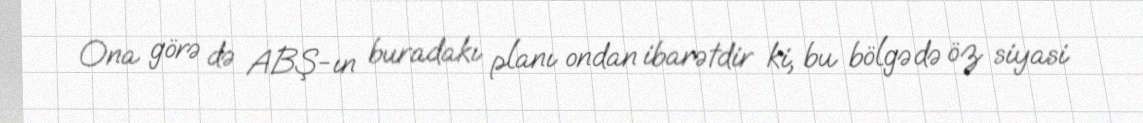
Ona görə də ABŞ-ın buradakı planı ondan ibarətdir ki, bu bölgədə öz siyasi